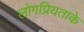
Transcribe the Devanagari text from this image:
लोगप्रियताके